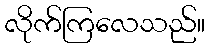
လိုက်ကြလေသည်။